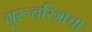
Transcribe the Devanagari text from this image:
गुरूचरित्राचा